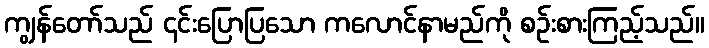
ကျွန်တော်သည် ၎င်းပြောပြသော ကလောင်နာမည်ကို စဉ်းစားကြည့်သည်။